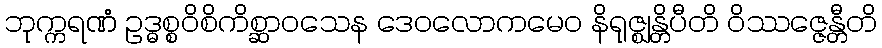
ဘုက္ကရဏံ ဥဒ္ဓစ္စဝိစိကိစ္ဆာဝသေန ဒေဝလောကမေဝ နိရုဇ္ဈန္တိပီတိ ဝိဿဇ္ဇေန္တီတိ